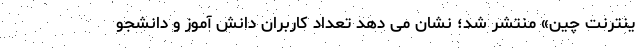
ینترنت چین» منتشر شد؛ نشان می دهد تعداد کاربران دانش آموز و دانشجو